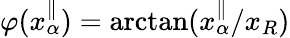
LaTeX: \varphi(x_{\alpha}^{\parallel})=\arctan(x_{\alpha}^{\parallel}/x_{R})